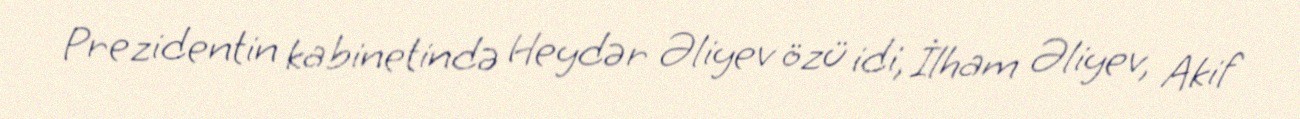
Prezidentin kabinetində Heydər Əliyev özü idi, İlham Əliyev, Akif